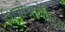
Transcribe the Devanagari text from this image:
शिज़ोअफ़ेक्टिव